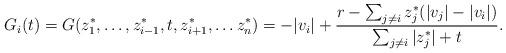
LaTeX: \begin{align*}G_i(t) = G(z_1^*,\ldots, z_{i-1}^*, t,z_{i+1}^*,\ldots z_n^*)=-|v_i|+\frac{r-\sum_{j\ne i}z_j^*(|v_j|-|v_i|)}{\sum_{j\ne i}|z_j^*|+t}.\end{align*}